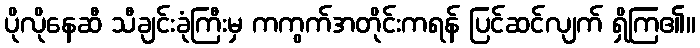
ပိုလိုနေဆီ သီချင်းခုံကြီးမှ ကကွက်အတိုင်းကရန် ပြင်ဆင်လျက် ရှိကြ၏။